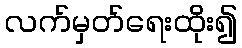
လက်မှတ်ရေးထိုး၍